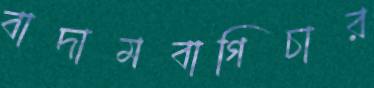
বাদামবাগিচার